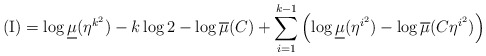
\begin{align*}\mathrm{(I)}=\log\underline{\mu}(\eta^{k^{2}})-k\log2-\log\overline{\mu}(C)+\sum_{i=1}^{k-1}\left( \log\underline{\mu}(\eta^{i^{2}})-\log\overline{\mu}(C\eta^{i^{2}})\right) \end{align*}